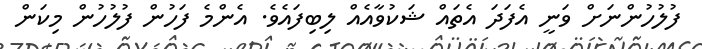
ފުލުހުންނަށް ވަނީ އެފަދަ އެތައް ޝަކުވާއެއް ލިިބިފައެވެ. އެންމެ ފަހުން ފުލުހުން މިކަން